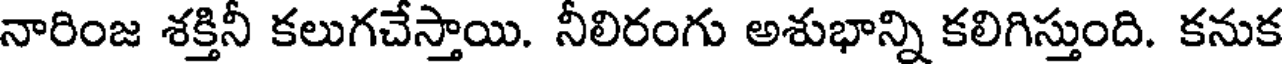
నారింజ శక్తినీ కలుగచేస్తాయి. నీలిరంగు అశుభాన్ని కలిగిస్తుంది. కనుక